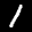
Label: 1